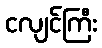
ငလျင်ကြီး